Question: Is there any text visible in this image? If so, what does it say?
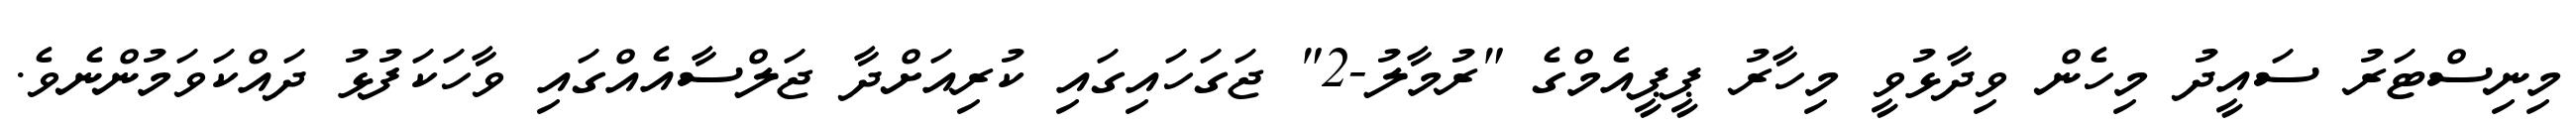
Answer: މިނިސްޓަރު ސައީދު މިހެން ވިދާޅުވީ މިހާރު ޕީޕީއެމްގެ "ރުމާލު-2" ޖަގަހައިގައި ކުރިއަށްދާ ޖަލްސާއެއްގައި ވާހަކަފުޅު ދައްކަވަމުންނެވެ.